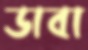
ডাবা